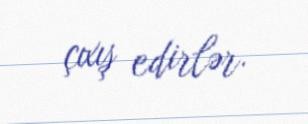
çıxış edirlər.